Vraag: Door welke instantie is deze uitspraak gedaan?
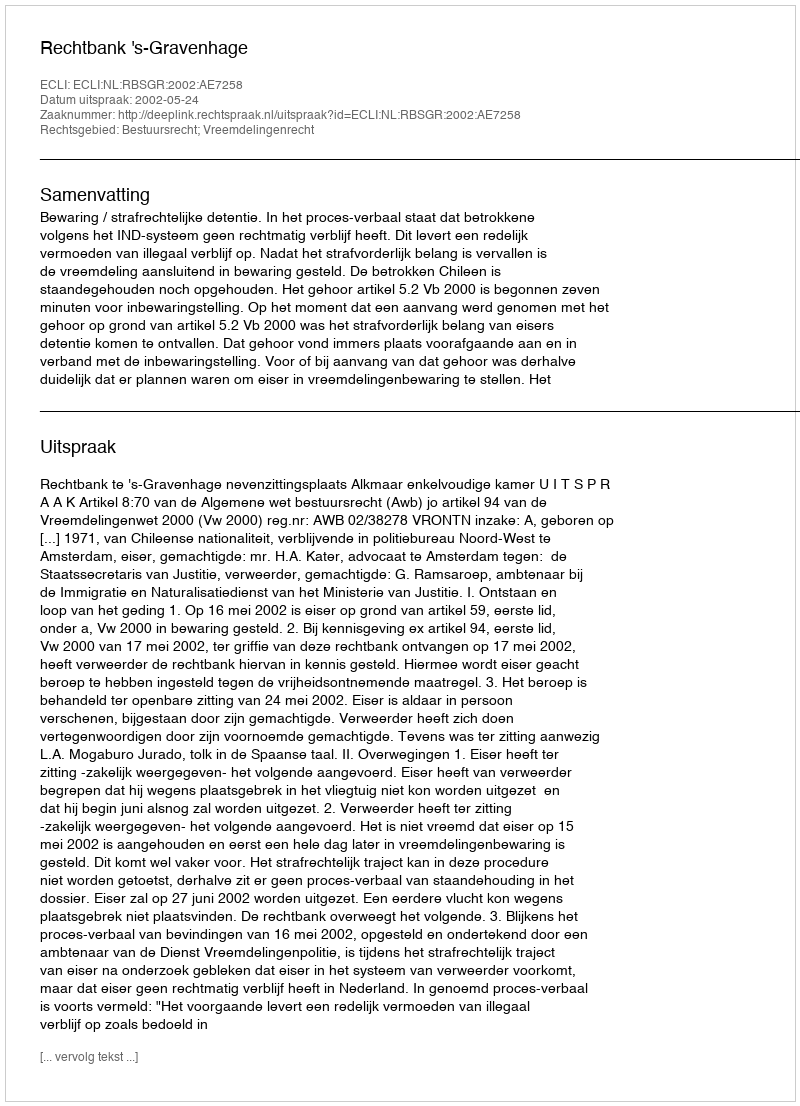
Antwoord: Rechtbank 's-Gravenhage